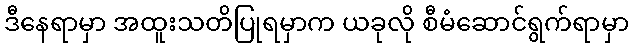
ဒီနေရာမှာ အထူးသတိပြုရမှာက ယခုလို စီမံဆောင်ရွက်ရာမှာ